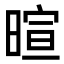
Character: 暄